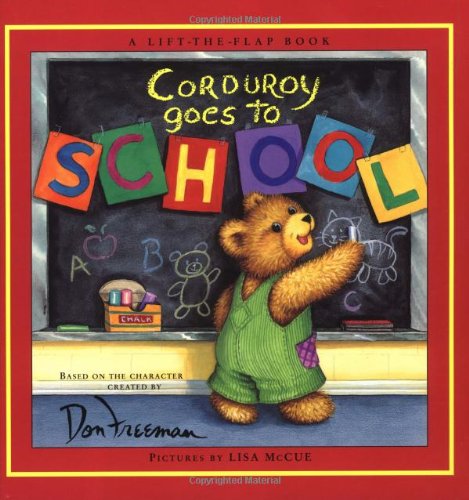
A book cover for Corduroy Goes to School; Don Freeman; Children's Books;